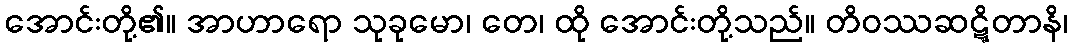
အောင်းတို့၏။ အာဟာရော သုခုမော၊ တေ၊ ထို အောင်းတို့သည်။ တိဝဿဆဋ္ဋိတာနိ၊